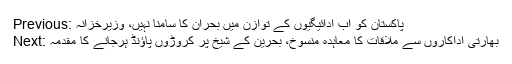
Previous: پاکستان کو اب ادائیگیوں کے توازن میں بحران کا سامنا نہیں، وزیرخزانہ
Next: بھارتی اداکاروں سے ملاقات کا معاہدہ منسوخ، بحرین کے شیخ پر کروڑوں پاؤنڈ ہرجانے کا مقدمہ